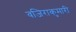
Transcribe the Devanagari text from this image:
वजिराकुमारी